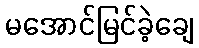
မအောင်မြင်ခဲ့ချေ